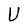
Character: U